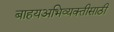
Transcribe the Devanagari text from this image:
बाहयअभिव्यक्‍तीसाठी